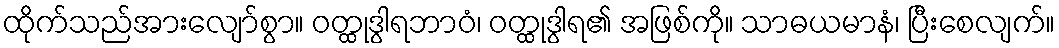
ထိုက်သည်အားလျော်စွာ။ ဝတ္ထုဒွါရဘာဝံ၊ ဝတ္ထုဒွါရ၏ အဖြစ်ကို။ သာဓယမာနံ၊ ပြီးစေလျက်။